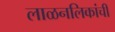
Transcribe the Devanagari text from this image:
लाळनलिकांची